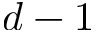
d - 1